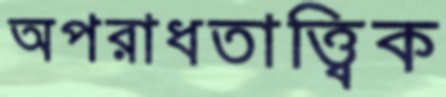
অপরাধতাত্ত্বিক